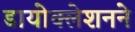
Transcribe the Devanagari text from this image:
डायोक्लेशनने